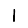
Digit: 1